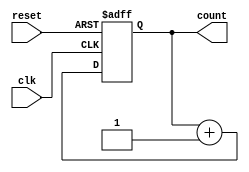
module async_reset_sync_counter (
    input wire clk,           // Clock signal
    input wire reset,         // Asynchronous reset signal
    output reg [3:0] count    // 4-bit counter output
);

    // Asynchronous reset logic
    always @(posedge clk or posedge reset) begin
        if (reset) begin
            count <= 4'b0000; // Reset counter to 0
        end else begin
            count <= count + 1'b1; // Increment counter on rising edge of clk
        end
    end

endmodule